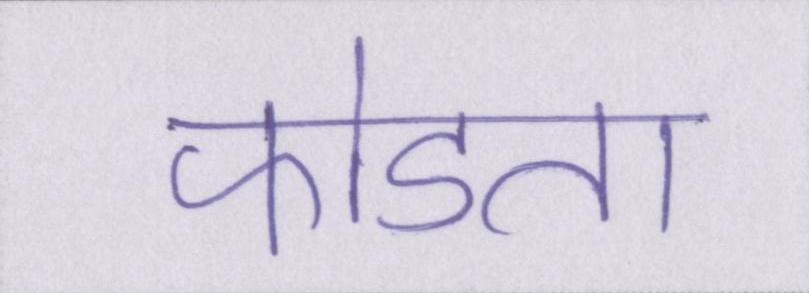
फोडता